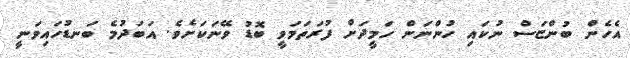
އެހެން ބުންޏަސް ނުކައި ހުންނަން ހަމީދަށް ފުރަތަމަވީ ބޮޑު ވޭނަކަށެވެ. އަބަދުމެ ބަނޑުހައިވަނީ